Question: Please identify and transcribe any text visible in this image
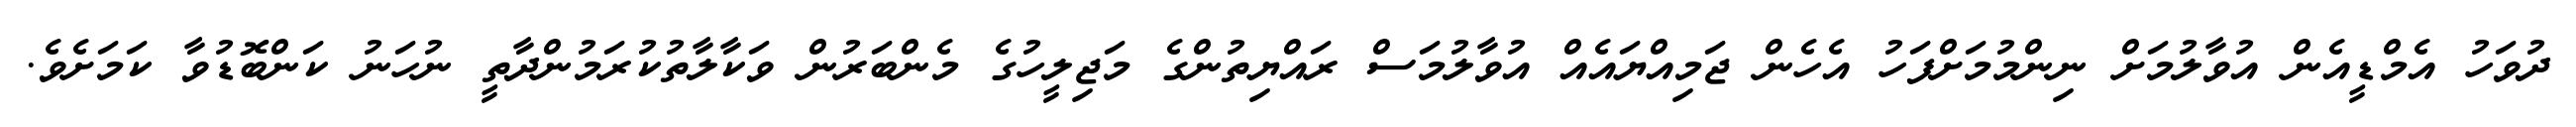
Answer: ދުވަހު އެމްޑީއެން އުވާލުމަށް ނިންމުމަށްފަހު އެހެން ޖަމިއްޔައެއް އުވާލުމަސް ރައްޔިތުންގެ މަޖިލީހުގެ މެންބަރުން ވަކާލާތުކުރަމުންދާތީ ނުހަނު ކަންބޮޑުވާ ކަމަށެވެ.